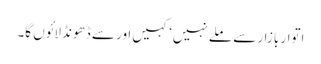
اتوار بازار سے ملے نہیں‘ کہیں اور سے ڈھونڈ لائوں گا۔